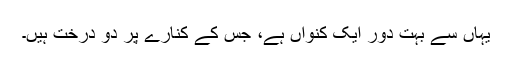
یہاں سے بہت دور ایک کنواں ہے، جس کے کنارے پر دو درخت ہیں۔